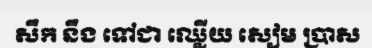
សឹក នឹង ទៅជា ឈ្លើយ សៀម ប្រាស